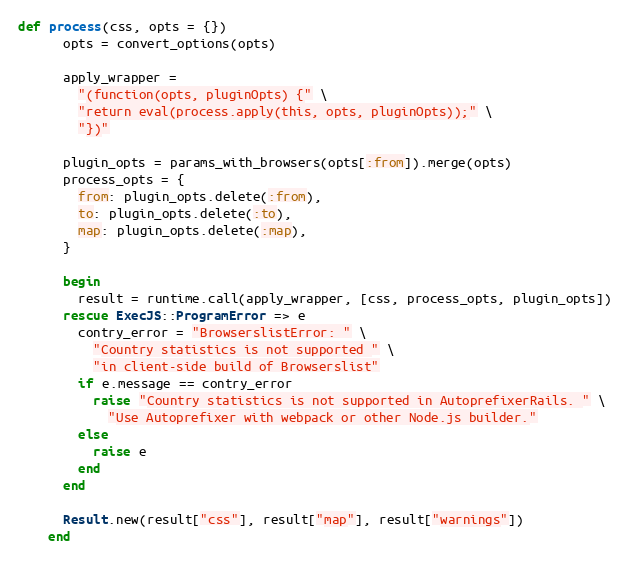
Language: Ruby
def process(css, opts = {})
      opts = convert_options(opts)

      apply_wrapper =
        "(function(opts, pluginOpts) {" \
        "return eval(process.apply(this, opts, pluginOpts));" \
        "})"

      plugin_opts = params_with_browsers(opts[:from]).merge(opts)
      process_opts = {
        from: plugin_opts.delete(:from),
        to: plugin_opts.delete(:to),
        map: plugin_opts.delete(:map),
      }

      begin
        result = runtime.call(apply_wrapper, [css, process_opts, plugin_opts])
      rescue ExecJS::ProgramError => e
        contry_error = "BrowserslistError: " \
          "Country statistics is not supported " \
          "in client-side build of Browserslist"
        if e.message == contry_error
          raise "Country statistics is not supported in AutoprefixerRails. " \
            "Use Autoprefixer with webpack or other Node.js builder."
        else
          raise e
        end
      end

      Result.new(result["css"], result["map"], result["warnings"])
    end